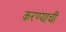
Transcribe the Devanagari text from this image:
करण्याचीं